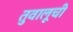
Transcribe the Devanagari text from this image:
तुवालूची